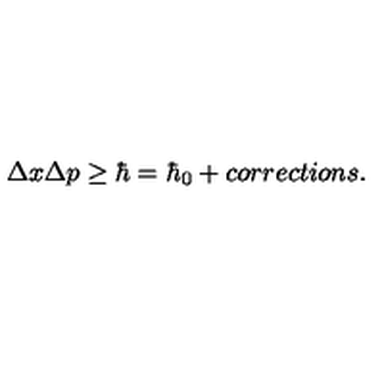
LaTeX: \Delta x \Delta p \ge \hbar = \hbar _ { 0 } + c o r r e c t i o n s .